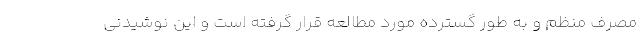
مصرف منظم و به طور گسترده مورد مطالعه قرار گرفته است و این نوشیدنی